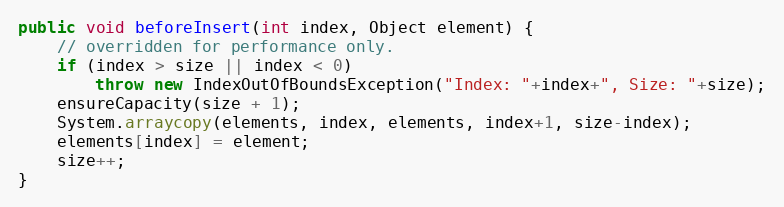
Language: Java
public void beforeInsert(int index, Object element) {
	// overridden for performance only.
	if (index > size || index < 0)
		throw new IndexOutOfBoundsException("Index: "+index+", Size: "+size);
	ensureCapacity(size + 1);
	System.arraycopy(elements, index, elements, index+1, size-index);
	elements[index] = element;
	size++;
}